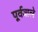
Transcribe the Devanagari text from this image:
पूर्ववाले